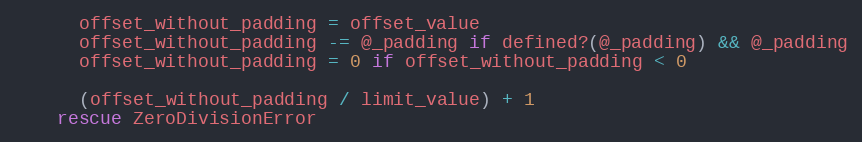
Language: Ruby
      offset_without_padding = offset_value
      offset_without_padding -= @_padding if defined?(@_padding) && @_padding
      offset_without_padding = 0 if offset_without_padding < 0

      (offset_without_padding / limit_value) + 1
    rescue ZeroDivisionError